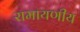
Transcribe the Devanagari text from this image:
रामायणीय